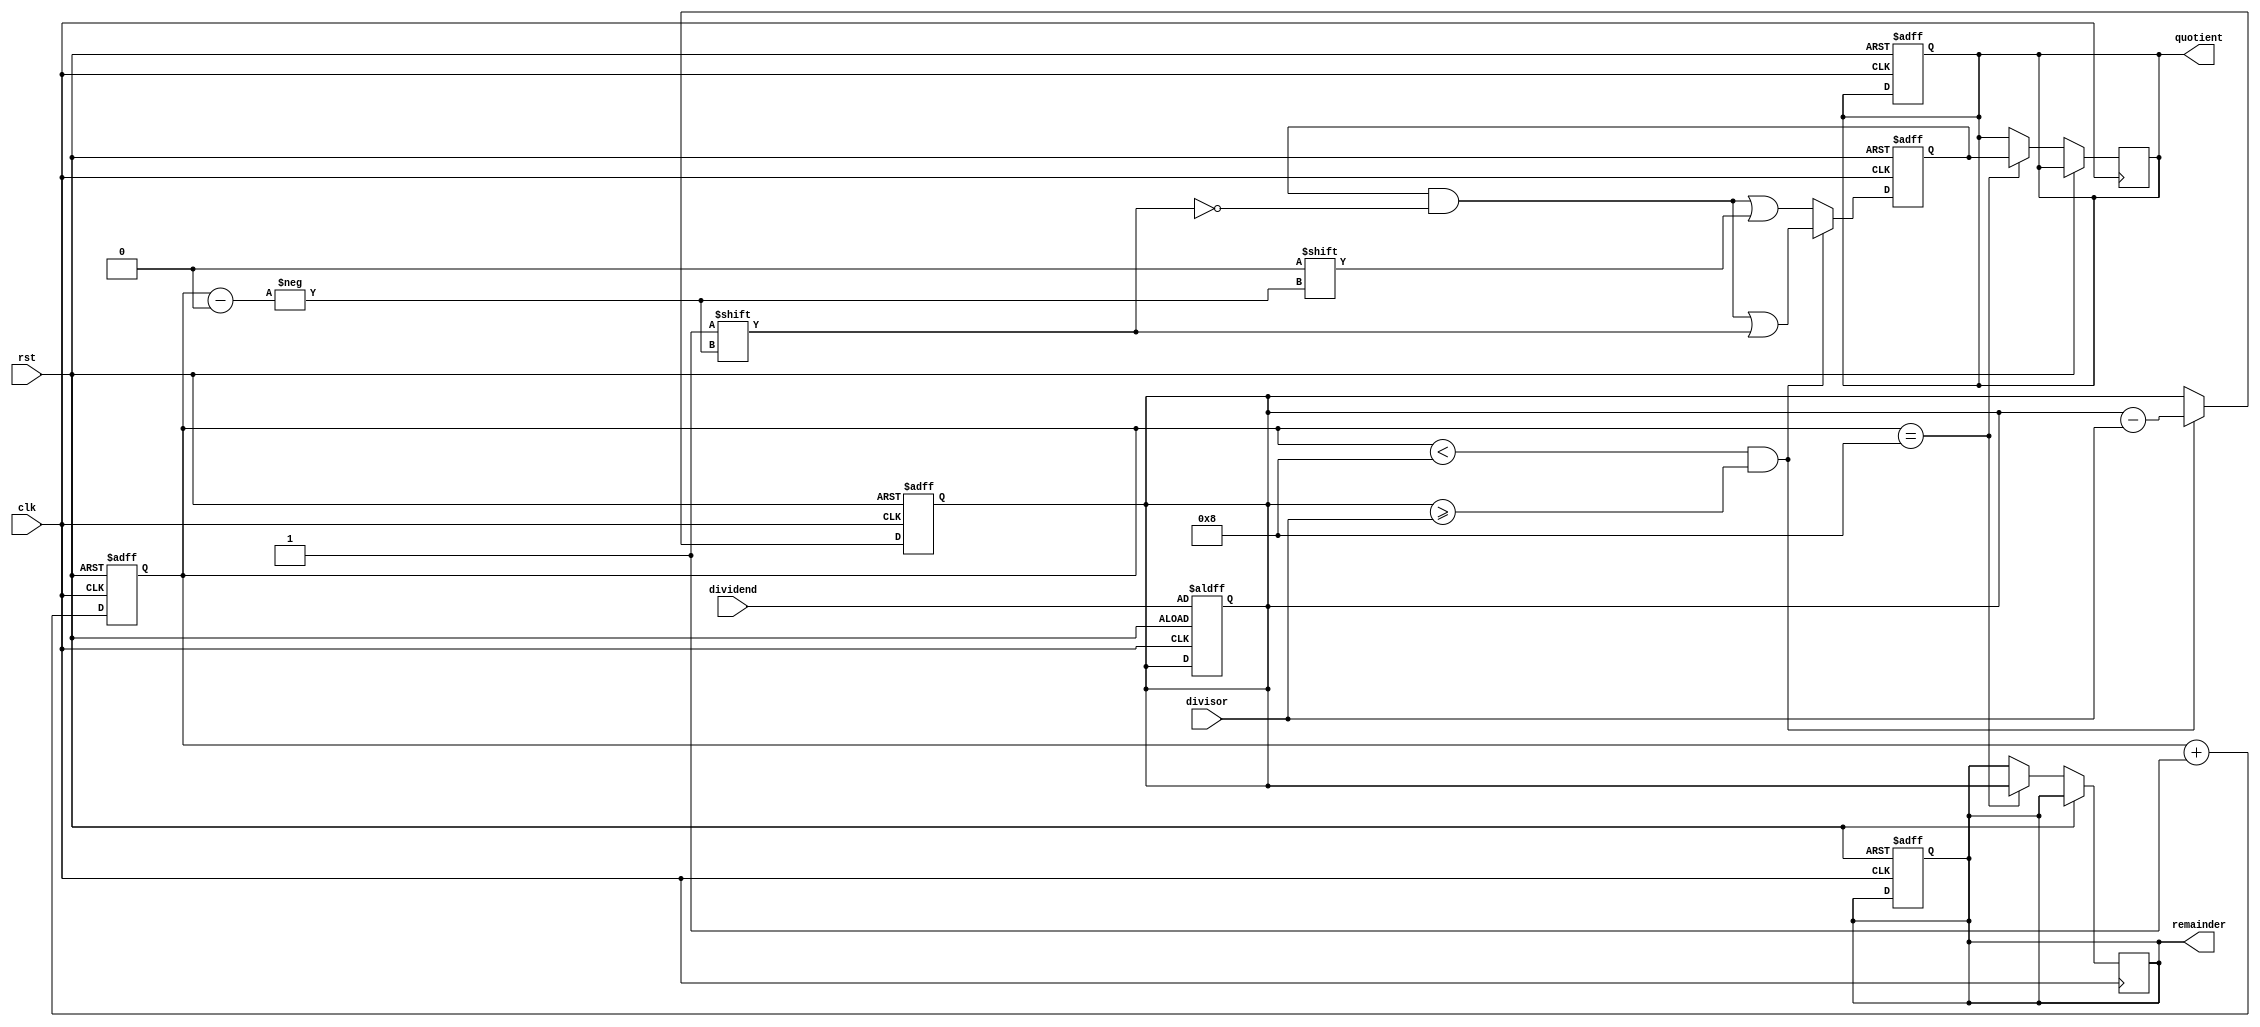
module BinaryDivider (
    input wire clk,
    input wire rst,
    input wire [7:0] dividend,
    input wire [7:0] divisor,
    output reg [7:0] quotient,
    output reg [7:0] remainder
);

reg [7:0] temp_rem;
reg [7:0] temp_quo;
reg [7:0] count;

always @(posedge clk or posedge rst) begin
    if (rst) begin
        quotient <= 8'b0;
        remainder <= 8'b0;
        temp_quo <= 8'b0;
        temp_rem <= 8'b0;
        count <= 8'b0;
    end else begin
        if (count < 8 && temp_rem >= divisor) begin
            temp_rem <= temp_rem - divisor;
            temp_quo[count] <= 1;
        end else begin
            temp_quo[count] <= 0;
        end
        count <= count + 1;
    end
end

always @(posedge clk or posedge rst) begin
    if (rst) begin
        temp_rem <= dividend;
    end else begin
        if (count == 8) begin
            quotient <= temp_quo;
            remainder <= temp_rem;
        end
    end
end

endmodule